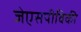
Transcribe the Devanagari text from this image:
जेएसपीविकी